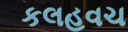
કલહવચ